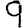
Digit: 9